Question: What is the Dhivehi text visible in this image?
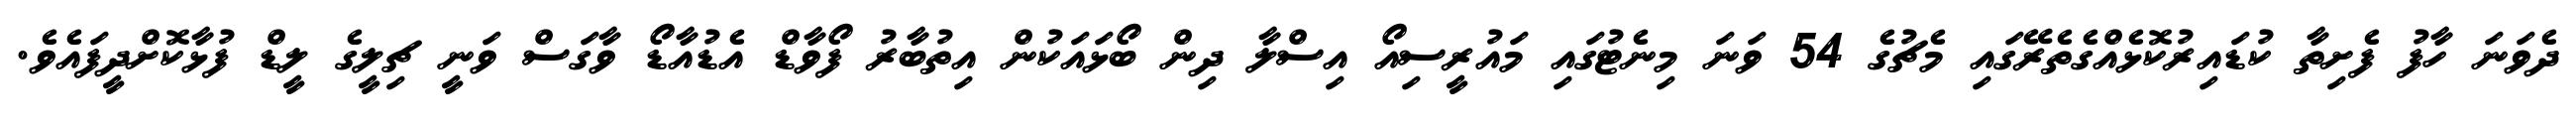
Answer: ދެވަނަ ހާފު ފެށިތާ ކުޑައިރުކޮޅެއްގެތެރޭގައި މެޗުގެ 54 ވަނަ މިނެޓުގައި މައުރީސިއޯ އިސްލާ ދިން ބޯޅައަކުން އިތުބާރު ފޯވާޑް އެޑުއާޑޯ ވާގަސް ވަނީ ޗިލީގެ ލީޑް ފުޅާކޮށްދީފައެވެ.